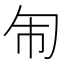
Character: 𭅈